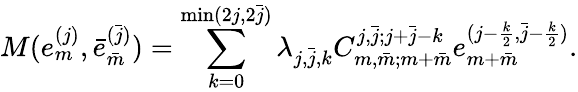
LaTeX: M(e_{m}^{(j)},\bar{e}_{\bar{m}}^{(\bar{j})})=\sum_{k=0}^{\operatorname*{min}(2j,2\bar{j})}\lambda_{j,\bar{j},k}C_{m,\bar{m};m+\bar{m}}^{j,\bar{j};j+\bar{j}-k}e_{m+\bar{m}}^{(j-\frac{k}{2},\bar{j}-\frac{k}{2})}.